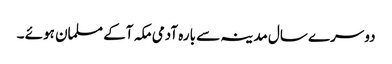
دوسرے سال مدینہ سے بارہ آدمی مکہ آکے مسلمان ہوئے ۔